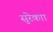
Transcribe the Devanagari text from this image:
सुरेकाा